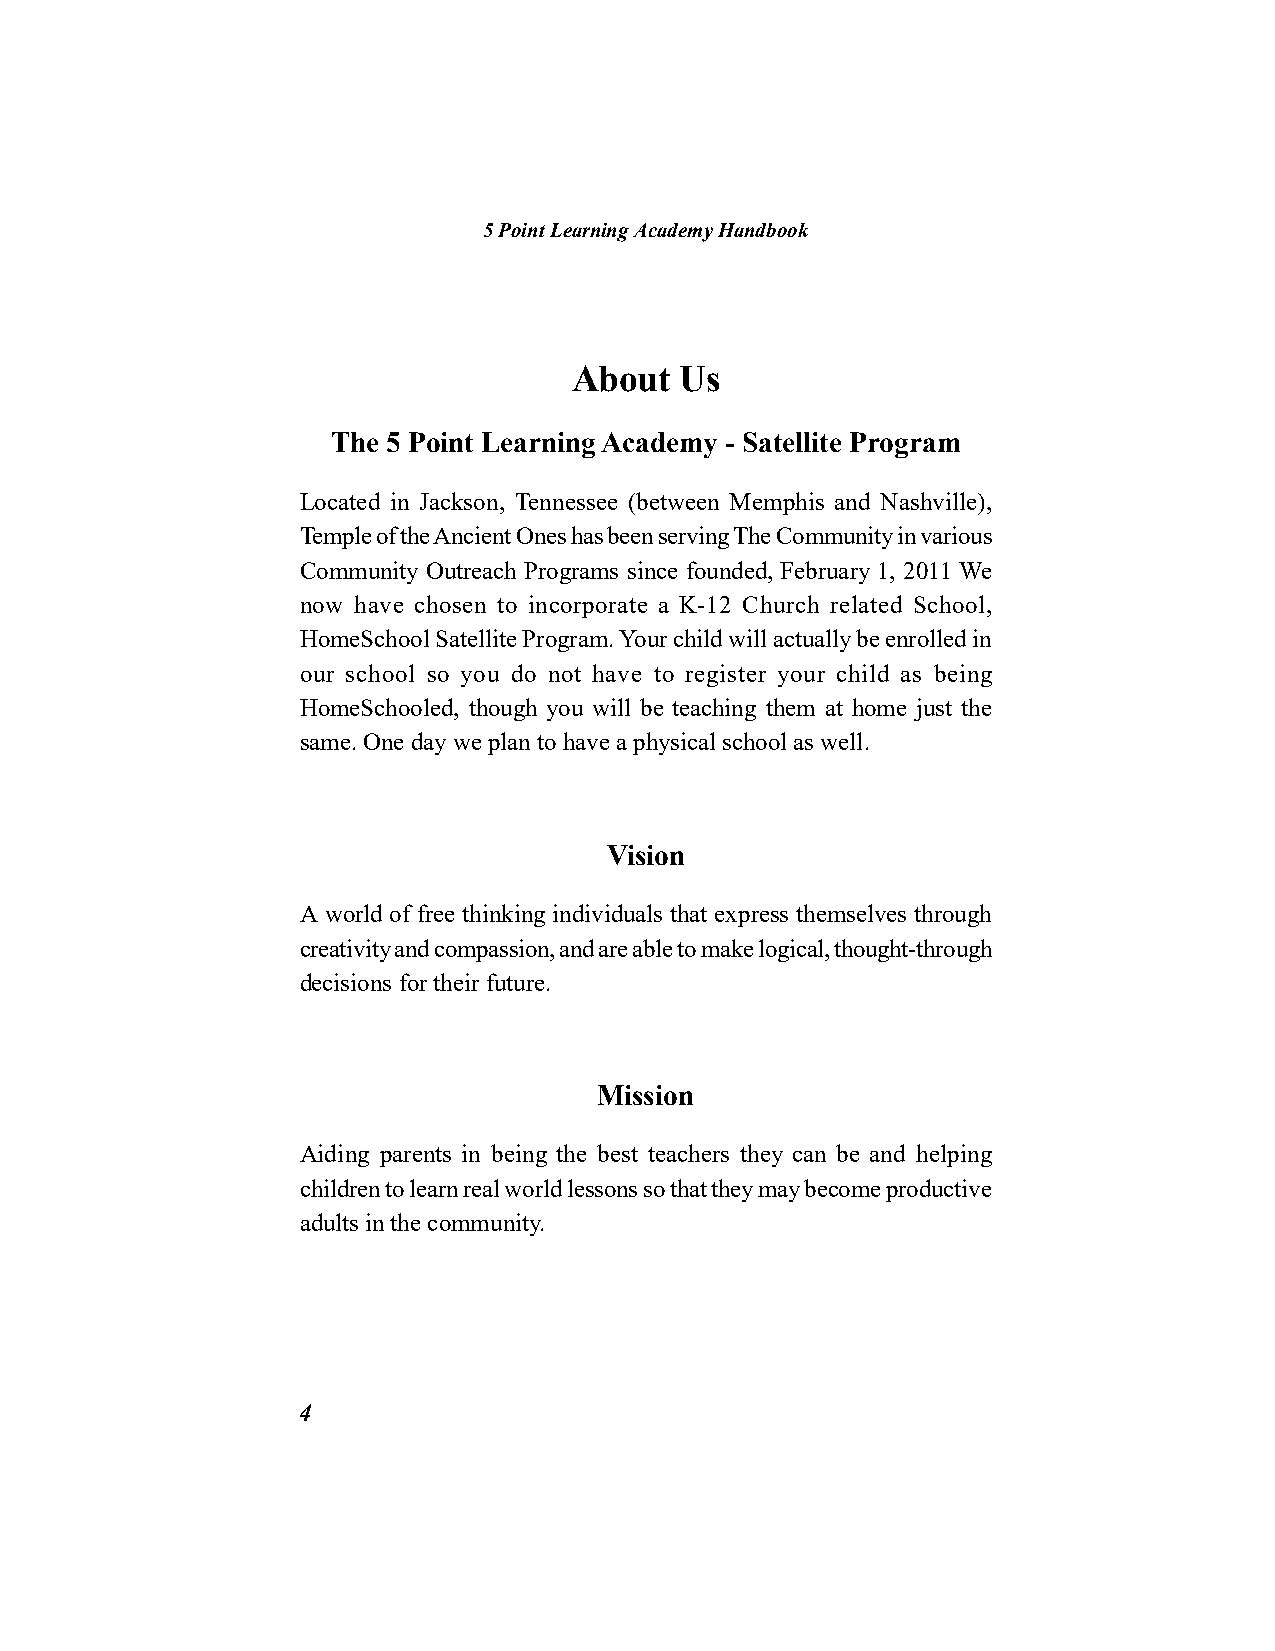
5 Point Learning Academy Handbook
 About  Us
 The 5 Point Learning Academy - Satellite Program
 Located in Jackson, Tennessee (between Memphis and Nashville),
 Temple of the Ancient Ones has been serving The Community in various
 Community Outreach Programs since founded, February 1, 2011 We
 now have chosen to incorporate a K-12 Church related School,
 HomeSchool Satellite Program. Your child will actually be enrolled in
 our school so you do not have to register your child as being
 HomeSchooled, though you will be teaching them at home just the
 same. One day we plan to have a physical school as well.
 Vision
 A world of free thinking individuals that express themselves through
 creativity and compassion, and are able to make logical, thought-through
 decisions for their future.
 Mission
 Aiding parents in being the best teachers they can be and helping
 children to learn real world lessons so that they may become productive
 adults in the community.
 4